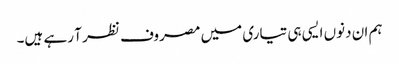
ہم ان دنوں ایسی ہی تیاری میں مصروف نظر آ رہے ہیں۔